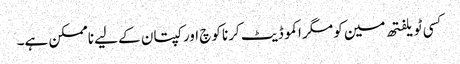
کسی ٹویلفتھ مین کو مگر اکموڈیٹ کرنا کوچ اور کپتان کے لیے ناممکن ہے۔